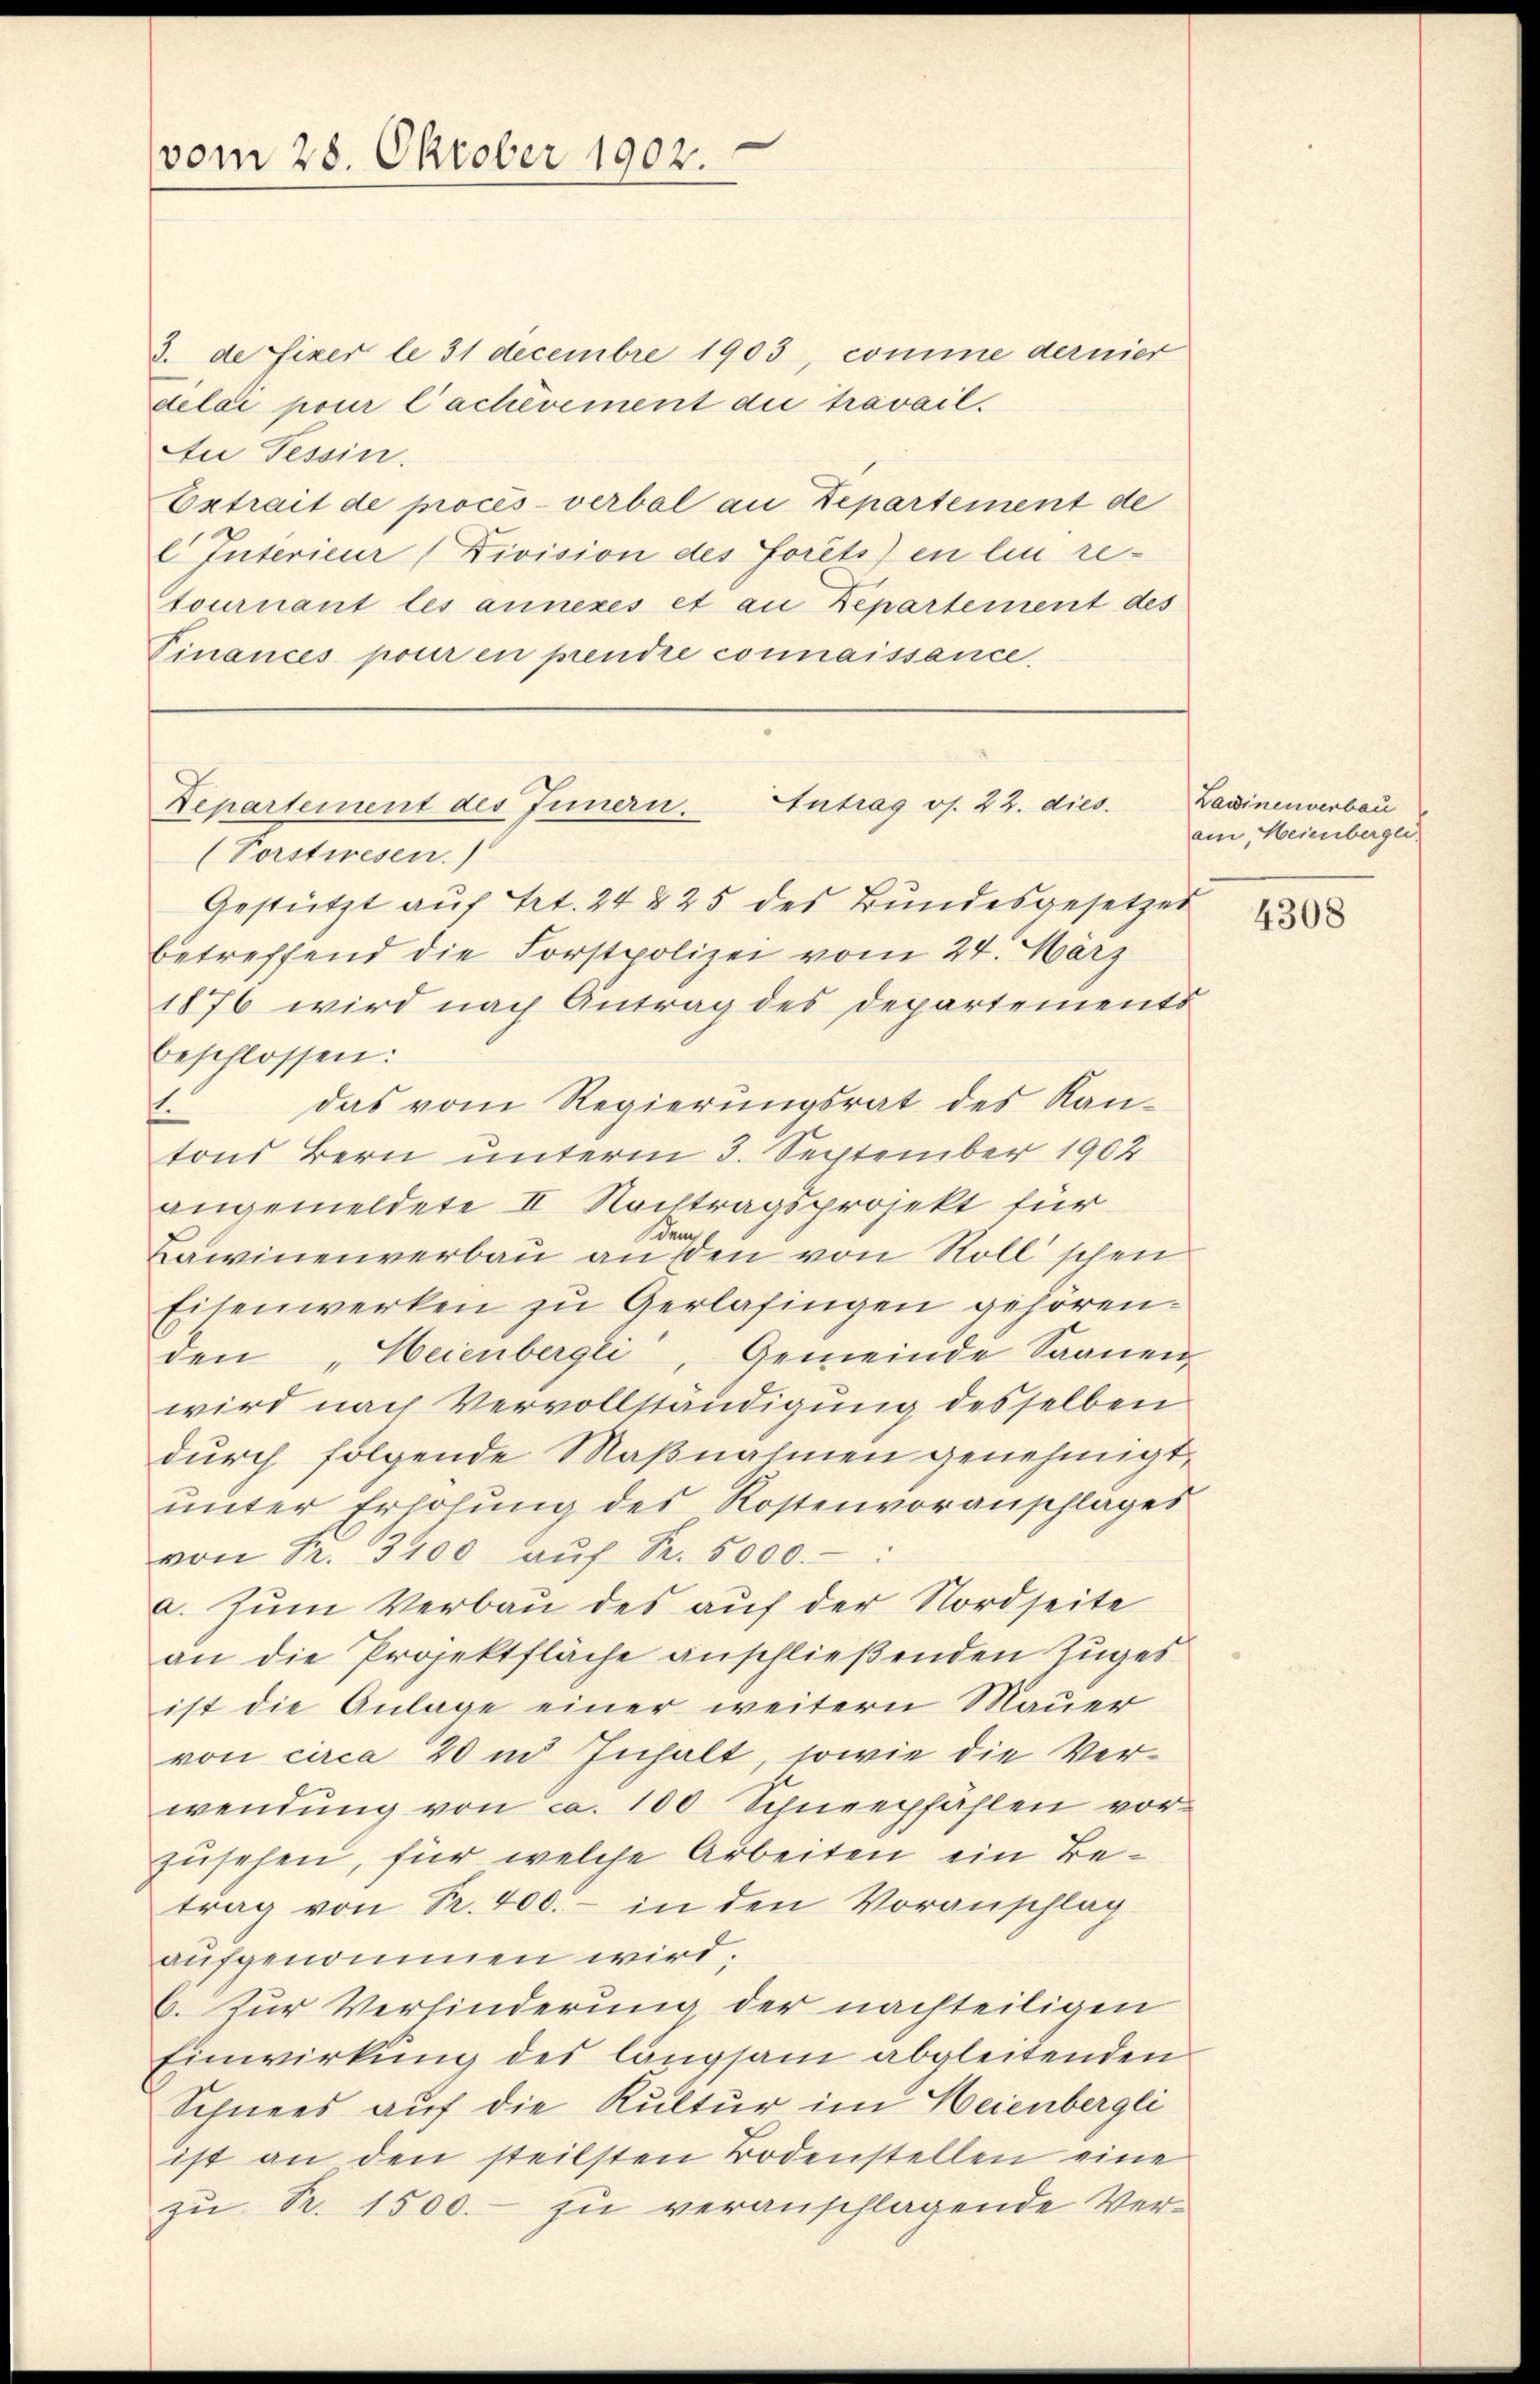
vom 28. Oktober 1902.

3. de fixer le 31 decembre 1903, comme dernier
delai pour Cachévement die travail.
Au Tessin.
Extrait de procès-verbal an Departement de
l Interieur Division des forêts en lin retournant les annexes et an Departement des
Finances pour en prendre connaissance.

(Porstwesen.)
Gestützt auf Art. 24 § 25 des Bundesgesetzes
betreffend die Forstpolizei vom 24. März
1876 wird nach Antrag des Departements
beschlossen:
das vom Regierungsrat des Kan-
1.
tons Bern unterm 3. September 1902
angemeldete II. Nachtragsprojekt für
Lawinenverbau ansen von Roll schen
Eisenwerken zu Gerlasingen gehören.
den „Heienbergli, Gemeinde Saanen
wird nach Vervollständigung desselben
durch folgende Maßnahmen genehmigt,
unter Erhöhung des Kostenvoranschlages
von Fr. 3400 aŭf Fr. 5000.-
a. Zum Verbau des auf der Nordseite
an die Projektfläche anschließenden Zuges
ist die Anlage einer weitern Mauer
von circa 20 in Inhalt, sowie die Verwendung von ca. 100 Schneepfählen vorzusehen, für welche Arbeiten ein Betrag von Fr. 400.- in den Voranschlag
aufgenommen wird.
6. Zur Verhinderung der nachteiligen
Einwirkung des langsam abgleitenden
Schnees auf die Kultur im Heienbergli
ist an den steilsten Bodenstellen eine
zŭ Fr. 1500.- zu veranschlagende Ver¬

Antrag os. 22. dies
Departement des Innern.

Lawinenverbau
am, Heienbergli

4308